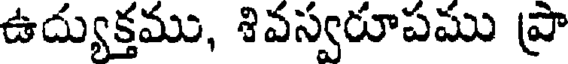
ఉద్యుక్తము, శివస్వరూపము ప్రా